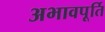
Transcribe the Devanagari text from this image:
अभावपूर्ति